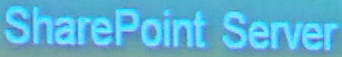
SharePoint Server